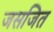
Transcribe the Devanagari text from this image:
जसजित